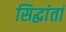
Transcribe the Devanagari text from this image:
सिद्धांतां